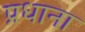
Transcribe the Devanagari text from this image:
प्रधाना